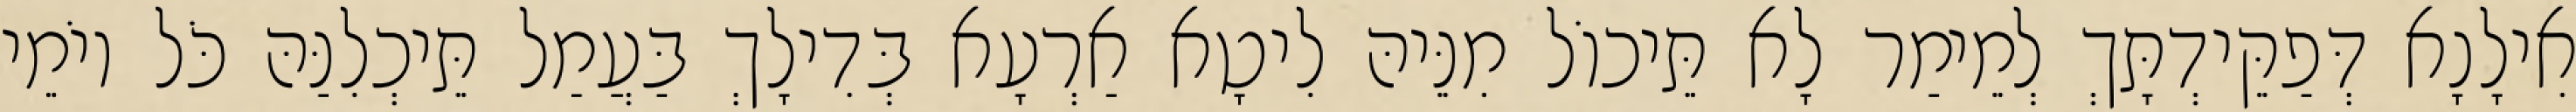
אִילָנָא דְּפַקֵּידְתָּךְ לְמֵימַר לָא תֵּיכוֹל מִנֵּיהּ לִיטָא אַרְעָא בְּדִילָךְ בַּעֲמַל תֵּיכְלִנַּהּ כֹּל יוֹמֵי